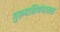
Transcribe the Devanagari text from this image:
गुरुदक्षिणेदाखल